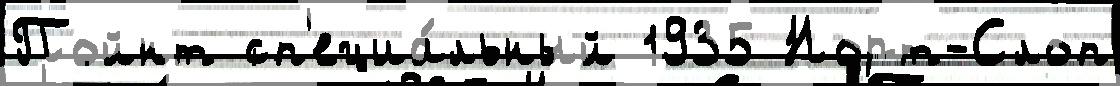
Пойнт сп'ециа́льный 1935 Норт-Слоп